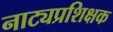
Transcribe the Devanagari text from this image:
नाट्यप्रशिक्षक